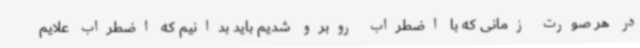
در هر صورت زمانی که با اضطراب روبرو شدیم باید بدانیم که اضطراب علایم